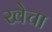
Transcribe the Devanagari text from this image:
खेचा